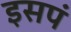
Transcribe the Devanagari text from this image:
इसपं